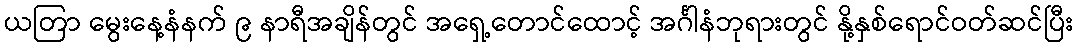
ယတြာ မွေးနေ့နံနက် ၉ နာရီအချိန်တွင် အရှေ့တောင်ထောင့် အင်္ဂါနံဘုရားတွင် နို့နှစ်ရောင်ဝတ်ဆင်ပြီး